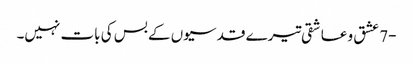
-7 عشق و عاشقی تیرے قدسیوں کے بس کی بات نہیں۔